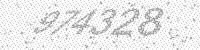
Solution: 974328